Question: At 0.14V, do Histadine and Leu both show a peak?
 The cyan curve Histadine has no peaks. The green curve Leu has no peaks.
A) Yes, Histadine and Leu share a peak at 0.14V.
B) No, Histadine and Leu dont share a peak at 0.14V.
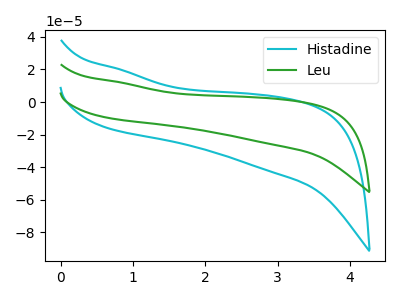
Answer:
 <answer>B) No, "Histadine" and "Leu" dont share a peak at 0.14V.</answer>
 <eval>B</eval>